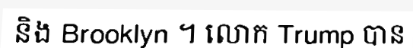
និង Brooklyn ។ លោក Trump បាន